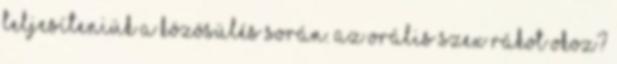
teljesíteniük a közösülés során. Az orális szex rákot okoz?